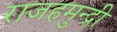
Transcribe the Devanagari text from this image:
राजहमुन्द्री